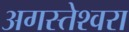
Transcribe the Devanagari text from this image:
अगस्‍तेश्‍वरा